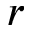
r